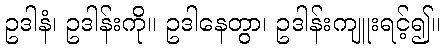
ဥဒါနံ၊ ဥဒါန်းကို။ ဥဒါနေတွာ၊ ဥဒါန်းကျူးရင့်၍။